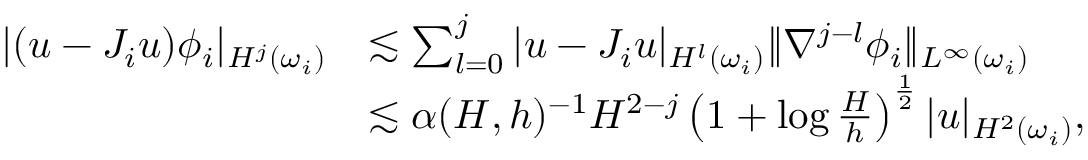
\begin{array} { r l } { | ( u - J _ { i } u ) \phi _ { i } | _ { H ^ { j } ( \omega _ { i } ) } } & { \lesssim \sum _ { l = 0 } ^ { j } | u - J _ { i } u | _ { H ^ { l } ( \omega _ { i } ) } \| \nabla ^ { j - l } \phi _ { i } \| _ { L ^ { \infty } ( \omega _ { i } ) } } \\ & { \lesssim \alpha ( H , h ) ^ { - 1 } H ^ { 2 - j } \left( 1 + \log \frac { H } { h } \right) ^ { \frac { 1 } { 2 } } | u | _ { H ^ { 2 } ( \omega _ { i } ) } , } \end{array}